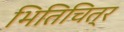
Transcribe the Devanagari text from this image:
भितिचित्र